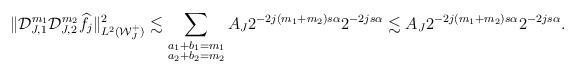
LaTeX: \begin{align*}\|\mathcal{D}_{J,1}^{m_1}\mathcal{D}_{J,2}^{m_2} \widehat{f}_{j}\|^2_{L^2(\mathcal{W}^+_J)} &\lesssim \sum_{\substack{a_1+b_1=m_1 \\ a_2+b_2=m_2 }} A_J 2^{-2j(m_1+m_2)s\alpha} 2^{-2js\alpha} \lesssim A_J 2^{-2j(m_1+m_2)s\alpha} 2^{-2js\alpha}.\end{align*}